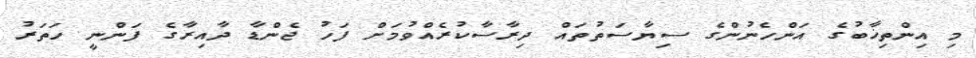
މި އިންތިޚާބުގެ އަންހެނުންގެ ސިޔާސަތުތައް ދިރާސާކުރެއްވުމަށް ފަހު ޖެންޑާ ދާއިރާގެ ފަންނީ ހަތަރު